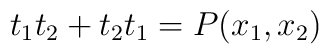
t_1t_2  + t_2t_1 = P(x_1,  x_2)